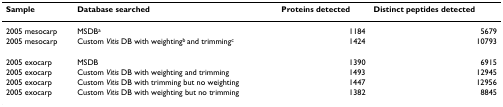
<table><thead><tr><td><b>Sample</b></td><td><b>Database searched</b></td><td><b>Proteins detected</b></td><td><b>Distinct peptides detected</b></td></tr></thead><tbody><tr><td>2005 mesocarp</td><td>MSDB<sup>a</sup></td><td>1184</td><td>5679</td></tr><tr><td>2005 mesocarp</td><td>Custom <i>Vitis </i>DB with weighting<sup>b </sup>and trimming<sup>c</sup></td><td>1424</td><td>10793</td></tr><tr><td>2005 exocarp</td><td>MSDB</td><td>1390</td><td>6915</td></tr><tr><td>2005 exocarp</td><td>Custom <i>Vitis </i>DB with weighting and trimming</td><td>1493</td><td>12945</td></tr><tr><td>2005 exocarp</td><td>Custom <i>Vitis </i>DB with trimming but no weighting</td><td>1447</td><td>12956</td></tr><tr><td>2005 exocarp</td><td>Custom <i>Vitis </i>DB with weighting but no trimming</td><td>1382</td><td>8845</td></tr></tbody></table>